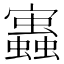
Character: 𧔃